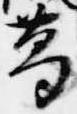
葛